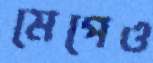
মেপেও